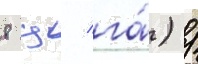
8 ц/ га́) /